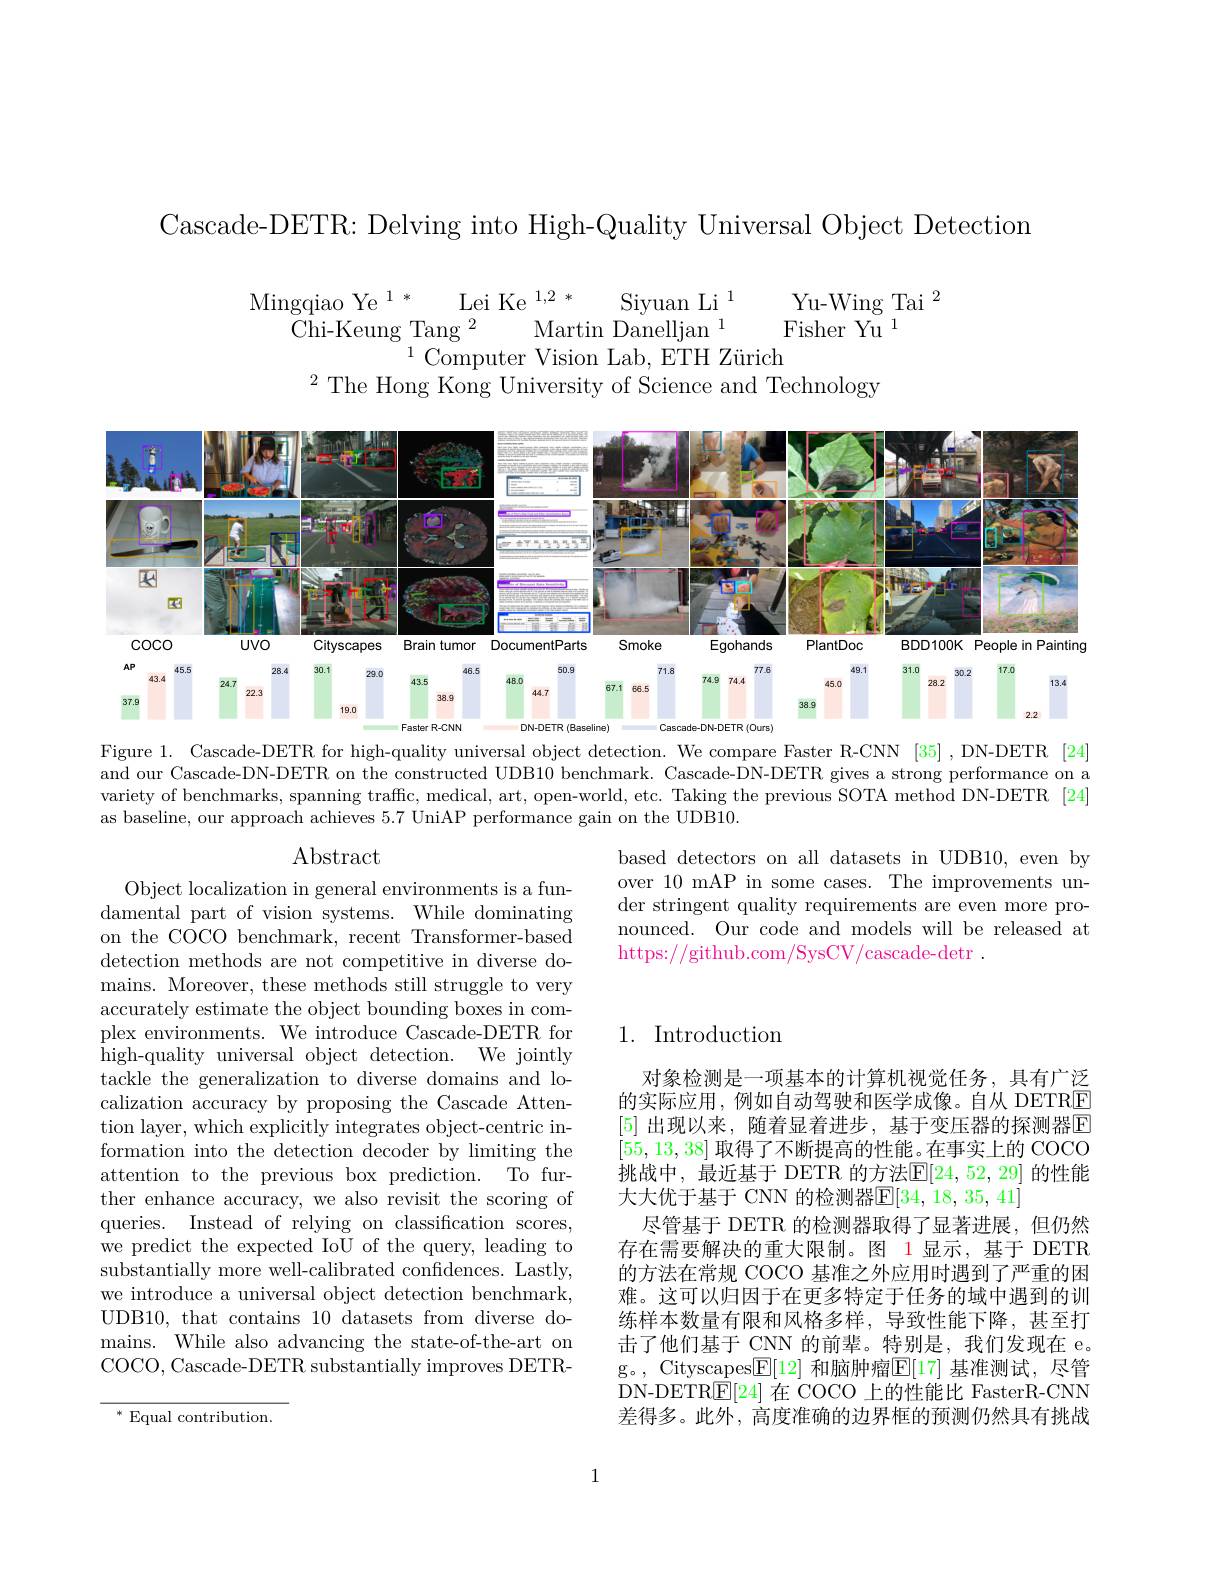
Cascade-DETR: Delving into High-Quality Universal Object Detection

$\begin{array}{c}\text{Mingqiao Ye}^{1*}&\text{Lei Ke}^{1,2*}&\text{Siyuan Li}^{1}&\text{Yu-Wing Tai}^{2}\\\text{Chi-Keung}^{2}&\text{Martin Danelljan}^{1}&\text{Fisher Yu}^{1}\end{array}$
$^{2}$The Hong Kong University of Science and Technology

<FigureHere>
Figure 1. Cascade-DETR for high-quality universal object detection. We compare Faster R-CNN [35], DN-DETR [24]

and our Cascade-DN-DETR on the constructed UDB10 benchmark. Cascade-DN-DETR gives a strong performance on a variety of benchmarks, spanning traffc, medical, art, open-world, etc. Taking the previous SOTA method DN-DETR [24] as baseline, our approach achieves 5.7 UniAP performance gain on the UDB10.

Abstract

based detectors on all datasets in UDB10, even by over 10 mAP in some cases. The improvements under stringent quality requirements are even more pronounced. Our code and models will be released at https://github.com/SysCV/cascade-detr .

## 1. Introduction

Object localization in general environments is a fundamental part of vision systems. While dominating on the COCO benchmark, recent Transformer-based detection methods are not competitive in diverse domains. Moreover, these methods still struggle to very accurately estimate the object bounding boxes in complex environments. We introduce Cascade-DETR for high-quality universal object detection. We jointly tackle the generalization to diverse domains and localization accuracy by proposing the Cascade Attention layer, which explicitly integrates object-centric information into the detection decoder by limiting the attention to the previous box prediction. To further enhance accuracy, we also revisit the scoring of queries. Instead of relying on classification scores, we predict the expected IoU of the query, leading to substantially more well-calibrated confidences. Lastly, we introduce a universal object detection benchmark, UDB10, that contains 10 datasets from diverse domains. While also advancing the state-of-the-art on COCO, Cascade-DETR substantially improves DETR-

对象检测是一项基本的计算机视觉任务，具有广泛的实际应用，例如自动驾驶和医学成像。自从 DETRE [5] 出现以来，随着显着进步，基于变压器的探测器$\overline{\mathrm{E}}$ [55,13,38]取得了不断提高的性能。在事实上的 COCO 挑战中，最近基于 DETR 的方法$\mathbb{E}[24,52,29]$ 的性能大大优于基于 CNN 的检测器$\mathbb{E}[34,18,35,41]$
尽管基于 DETR 的检测器取得了显著进展，但仍然存在需要解决的重大限制。图 1 显示，基于 DETR 的方法在常规 COCO 基准之外应用时遇到了严重的困难。这可以归因于在更多特定于任务的域中遇到的训练样本数量有限和风格多样，导致性能下降，甚至打击了他们基于 CNN 的前辈。特别是，我们发现在 e。g。, Cityscapes$\boxed{\mathbb{F}}[12]$ 和脑肿瘤$\boxed{\mathbb{E}}[17]$ 基准测试，尽管DN-DETR$\underline{\mathrm{E}}[24]$在 COCO 上的性能比 FasterR-CNN 差得多。此外，高度准确的边界框的预测仍然具有挑战

$^*$ Equal contribution.

1